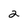
Character: 2